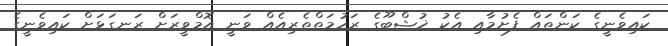
ކައިވެނީގެ ކަންތައް ފެށުމާއި އެކު ޚުޝްބޫގެ ރަހުމަތްތެރިއެއް ވަނީ އޮމްވީރަށް ރަނގަޅަށް ކައިވެނީގެ